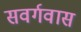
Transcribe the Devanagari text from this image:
सवर्गवास